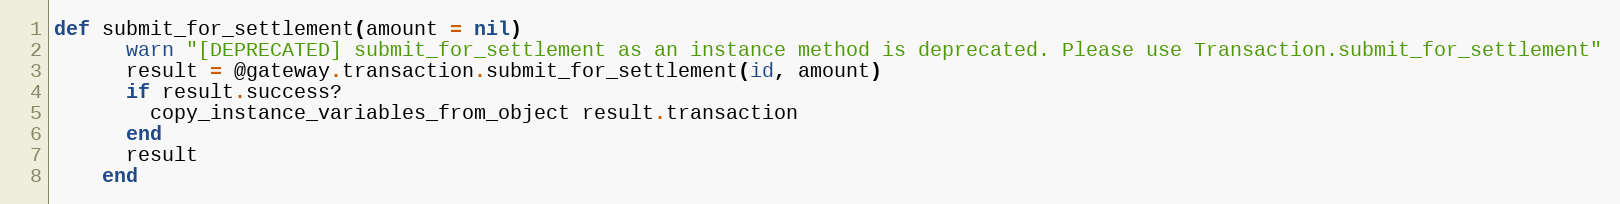
Language: Ruby
def submit_for_settlement(amount = nil)
      warn "[DEPRECATED] submit_for_settlement as an instance method is deprecated. Please use Transaction.submit_for_settlement"
      result = @gateway.transaction.submit_for_settlement(id, amount)
      if result.success?
        copy_instance_variables_from_object result.transaction
      end
      result
    end